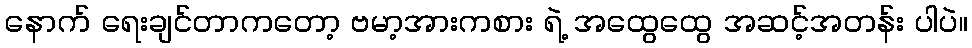
နောက် ရေးချင်တာကတော့ ဗမာ့အားကစား ရဲ့ အထွေထွေ အဆင့်အတန်း ပါပဲ။